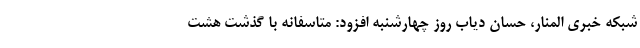
شبکه خبری المنار، حسان دیاب روز چهارشنبه افزود: متاسفانه با گذشت هشت